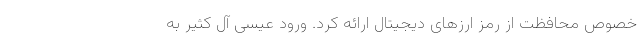
خصوص محافظت از رمز ارزهای دیجیتال ارائه کرد. ورود عیسی آل کثیر به